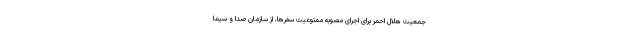
جمعیت هلال احمر برای اجرای مصوبه ممنوعیت سفرها، از سازمان صدا و سیما